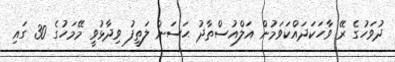
ދުވަހުގެ ރޭ ވާހަކަދައްކަވަމުން އަލްއުސްތާޛު ޙަސަން ލަތީފު ވިދާޅުވީ މޭމަހުގެ 30 ގައި